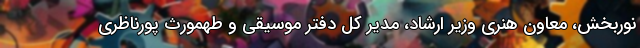
نوربخش، معاون هنری وزیر ارشاد، مدیر کل دفتر موسیقی و طهمورث پورناظری